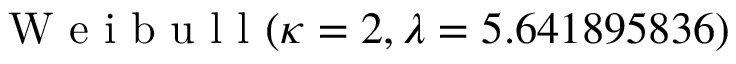
\mathrm { ~ W ~ e ~ i ~ b ~ u ~ l ~ l ~ } ( \kappa = 2 , \lambda = 5 . 6 4 1 8 9 5 8 3 6 )